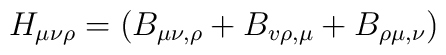
H_{\mu \nu \rho }=(B_{\mu \nu ,\rho }+B_{v\rho ,\mu }+B_{\rho \mu ,\nu })